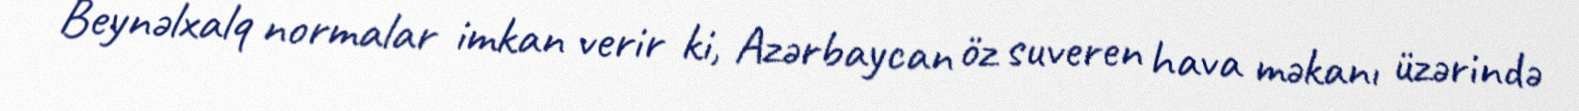
Beynəlxalq normalar imkan verir ki, Azərbaycan öz suveren hava məkanı üzərində